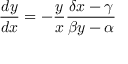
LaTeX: { \frac { d y } { d x } } = - { \frac { y } { x } } { \frac { \delta x - \gamma } { \beta y - \alpha } }